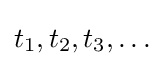
t_{1},t_{2},t_{3},\ldots